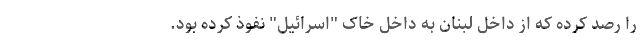
را رصد کرده که از داخل لبنان به داخل خاک "اسرائیل" نفوذ کرده بود.